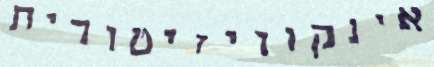
אינקוויזיטורית